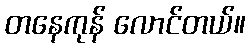
တနေကုန် လောင်တယ်။